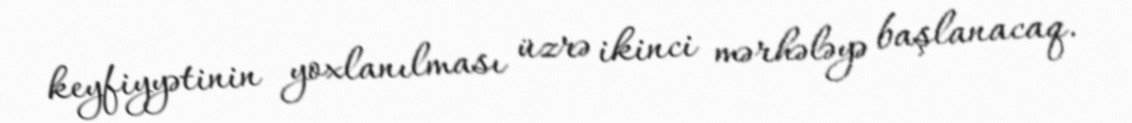
keyfiyyətinin yoxlanılması üzrə ikinci mərhələyə başlanacaq.